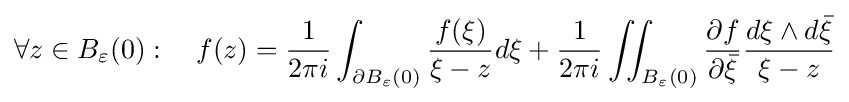
\forall z\in B_{\varepsilon }(0):\quad f(z)={\frac {1}{2\pi i}}\int _{\partial B_{\varepsilon }(0)}{\frac {f(\xi )}{\xi -z}}d\xi +{\frac {1}{2\pi i}}\iint _{B_{\varepsilon }(0)}{\frac {\partial f}{\partial {\bar {\xi }}}}{\frac {d\xi \wedge d{\bar {\xi }}}{\xi -z}}